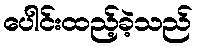
ပေါင်းထည့်ခဲ့သည်